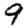
Digit: 9